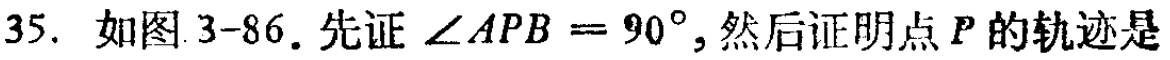
35. 如图 3-86. 先证 $\angle APB = 90^{\circ}$, 然后证明点 $P$ 的轨迹是